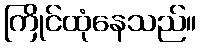
ကြိုင်ထုံနေသည်။